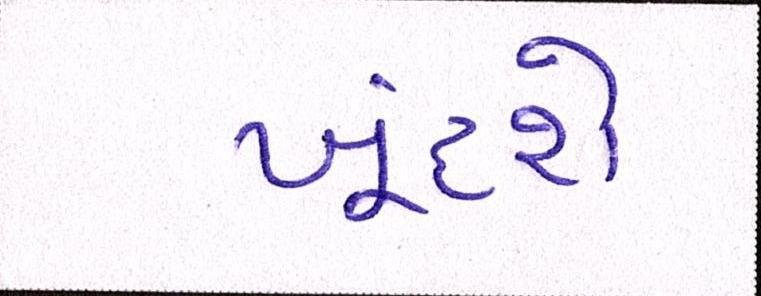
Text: ખૂંદશે